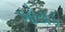
બોયડ